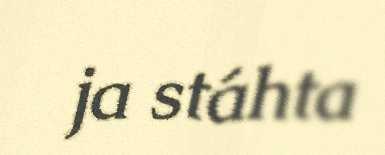
ja stáhta